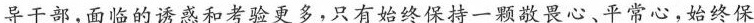
导干部，面临的诱惑和考验更多，只有始终保持一颗敬畏心、平常心，始终保